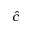
\hat { c }